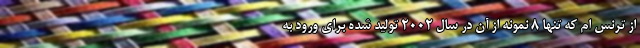
از ترنس ام که تنها 8 نمونه از آن در سال 2002 تولید شده برای ورود به